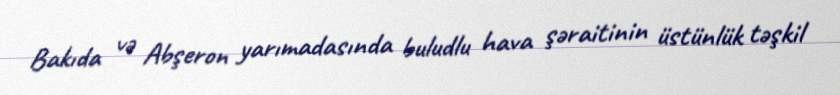
Bakıda və Abşeron yarımadasında buludlu hava şəraitinin üstünlük təşkil